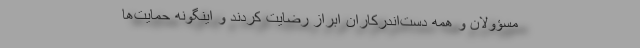
مسؤولان و همه دست‌اندرکاران ابراز رضایت کردند و اینگونه حمایت‌ها